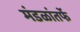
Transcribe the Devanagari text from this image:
मंडळांतर्फे